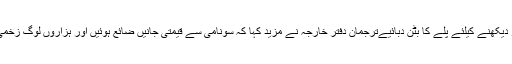
یہ ویڈیو دیکھنے کیلئے پلے کا بٹن دبائیےترجمان دفتر خارجہ نے مزید کہا کہ سونامی سے قیمتی جانیں ضائع ہوئیں اور ہزاروں لوگ زخمی ہوئے۔